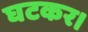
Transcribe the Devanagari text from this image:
घटकर।